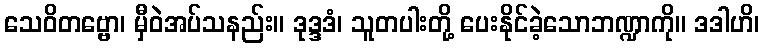
သေဝိတဗ္ဗော၊ မှီဝဲအပ်သနည်း။ ဒုဒ္ဒဒံ၊ သူတပါးတို့ ပေးနိုင်ခဲ့သောဘဏ္ဍာကို။ ဒဒါဟိ၊